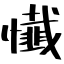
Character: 懴